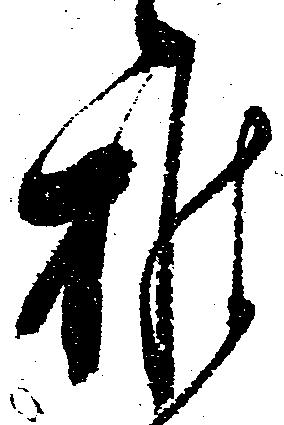
推